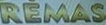
REMAS